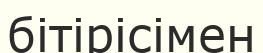
бітірісімен